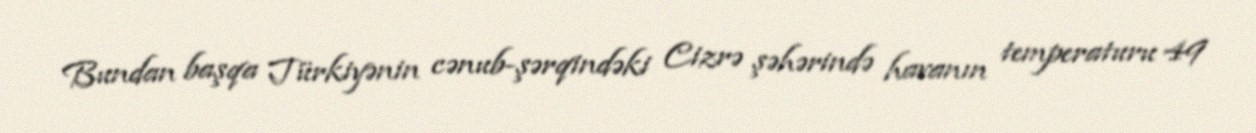
Bundan başqa Türkiyənin cənub-şərqindəki Cizrə şəhərində havanın temperaturu 49